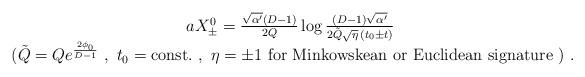
LaTeX: \begin{align*}\begin{array}{c} a X^{0}_{\pm} = \frac{\sqrt{\alpha'} (D-1)}{2 Q} \log \frac{ (D-1) \sqrt{\alpha'}} {2 \tilde{Q} \sqrt{\eta} \, ( t_0 \pm t )} \\ \ \hfill (\tilde{Q} = Q e^{\frac{2 \phi_0}{D-1}}\ , \ t_0 = \mbox{const.}\ ,\ \eta = \pm 1\ \mbox{for\ Minkowskean\ or\ Euclidean\ signature}\ ) \ . \end{array}\end{align*}